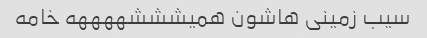
سیب زمینی هاشون همیشششههههه خامه